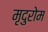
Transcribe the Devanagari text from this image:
मृदुरोम